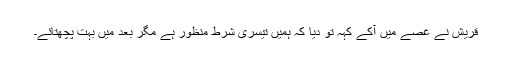
قریش نے غصے میں آکے کہہ تو دیا کہ ہمیں تیسری شرط منظور ہے مگر بعد میں بہت پچھتائے۔